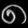
Digit: ၈